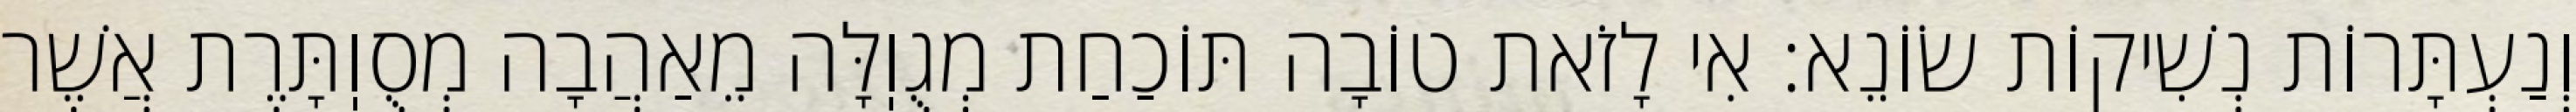
וְנַעְתָּרוֹת נְשִׁיקוֹת שׂוֹנֵא: אִי לָזֹאת טוֹבָה תּוֹכַחַת מְגֻוֽלָּה מֵאַהֲבָה מְסֻוֽתָּרֶת אֲשֶׁר